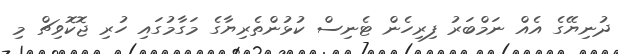
ދުނިޔޭގެ އެއް ނަމްބަރު ފިރިހެން ޓެނިސް ކުޅުންތެރިޔާގެ މަގާމުގައި ހުރި ޖޮކޮވިޗް މި